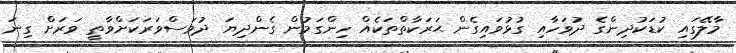
މާލޭގައި ކުޑަކުދިންގެ ދުވަހާއި ގުޅުވައިގެން ޙަރަކާތްތަކެއް ހިންގަމުން ގެންދިޔަ ދުވަސްވަރަކަށްވާތީ ވަރަށް ގިނަ